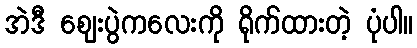
အဲဒီ ဈေးပွဲကလေးကို ရိုက်ထားတဲ့ ပုံပါ။